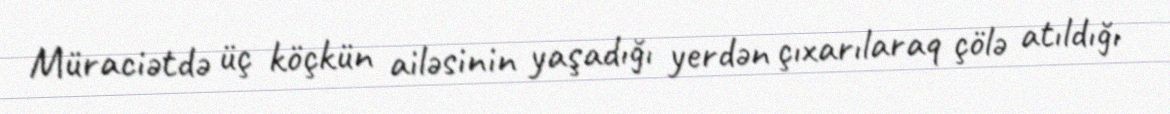
Müraciətdə üç köçkün ailəsinin yaşadığı yerdən çıxarılaraq çölə atıldığı